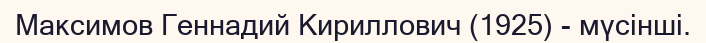
Максимов Геннадий Кириллович (1925) - мүсінші.